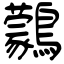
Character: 鸏